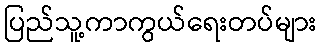
ပြည်သူ့ကာကွယ်ရေးတပ်များ